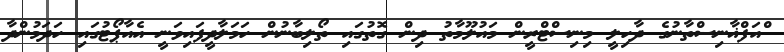
ްއަފްޣާނިސްތާނުގެ ދާހިލީ މިނިސްޓްރީން މައުލޫމާތު ދިން ގޮތުގައި ތޯލިބާނުން ހަމަލާދީފައިވަނީ އެއާޕޯޓުގައި ހަދަމުންދާ